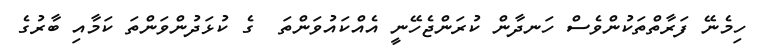
ހިމެނޭ ފަރާތްތަކުންވެސް ހަނދާން ކުރަންޖެހޭނީ އެއްކައުވަންތަ  ގެ ކުޅަދުންވަންތަ ކަމާއި ބާރުގެ